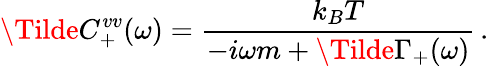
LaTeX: \Tilde{C}_{+}^{vv}(\omega)=\frac{k_{B}T}{-i\omega m+\Tilde{\Gamma}_{+}(\omega)}\, .